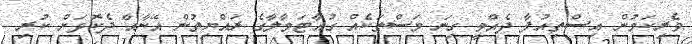
ވެރިކަމުން އިސްތިއުފާ ދެއްވީ ގިނަ މަސްތަކެއް ގުއާޓަމާލާގެ ރައްޔިތުން އޭނާއާ ދެކޮޅަށް ކުރި